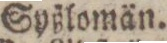
Syßlomän.